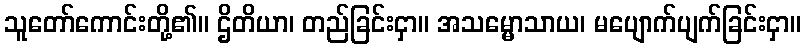
သူတော်ကောင်းတို့၏။ ဌိတိယာ၊ တည်ခြင်းငှာ။ အသမ္မောသာယ၊ မပျောက်ပျက်ခြင်းငှာ။